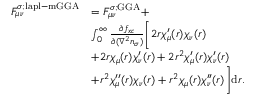
\begin{array} { r l } { F _ { \mu \nu } ^ { \sigma ; \mathrm { l a p l - m G G A } } } & { = F _ { \mu \nu } ^ { \sigma ; \mathrm { G G A } } + } \\ & { \int _ { 0 } ^ { \infty } \frac { \partial f _ { x c } } { \partial ( \nabla ^ { 2 } n _ { \sigma } ) } \Bigg [ 2 r \chi _ { \mu } ^ { \prime } ( r ) \chi _ { \nu } ( r ) } \\ & { + 2 r \chi _ { \mu } ( r ) \chi _ { \nu } ^ { \prime } ( r ) + 2 r ^ { 2 } \chi _ { \mu } ^ { \prime } ( r ) \chi _ { \nu } ^ { \prime } ( r ) } \\ & { + r ^ { 2 } \chi _ { \mu } ^ { \prime \prime } ( r ) \chi _ { \nu } ( r ) + r ^ { 2 } \chi _ { \mu } ( r ) \chi _ { \nu } ^ { \prime \prime } ( r ) \Bigg ] \mathrm { d } r . } \end{array}